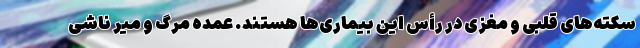
سکته‌های قلبی و مغزی در رأس این بیماری‌ها هستند. عمده مرگ و میر ناشی